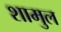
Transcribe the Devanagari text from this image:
शामुल